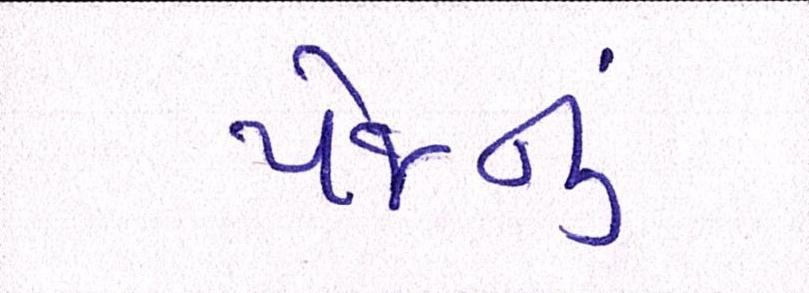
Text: પેજનું